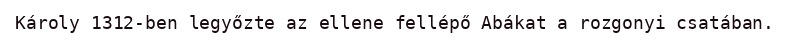
Károly 1312-ben legyőzte az ellene fellépő Abákat a rozgonyi csatában.